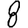
Digit: 8